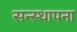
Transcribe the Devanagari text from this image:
सन्स्थापना